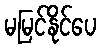
မမြင်နိုင်ပေ